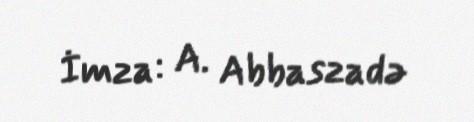
İmza: A. Abbaszadə